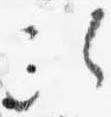
次